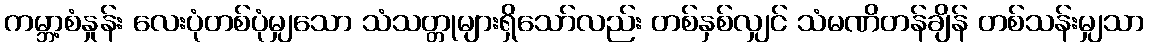
ကမ္ဘာ့စံနှုန်း လေးပုံတစ်ပုံမျှသော သံသတ္တုများရှိသော်လည်း တစ်နှစ်လျှင် သံမဏိတန်ချိန် တစ်သန်းမျှသာ